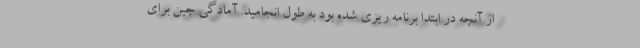
از آنچه در ابتدا برنامه ریزی شده بود به طول انجامید. آمادگی چین برای